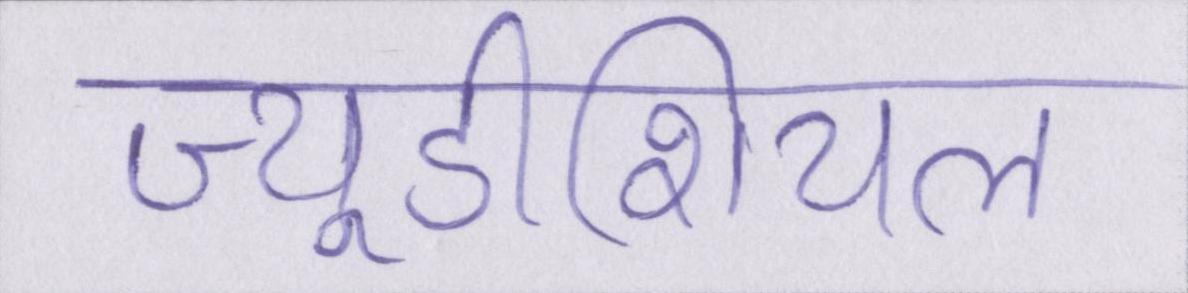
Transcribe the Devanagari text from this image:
ज्यूडीशियल